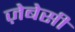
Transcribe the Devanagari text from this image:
ज़ेबेसी